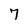
Character: 7